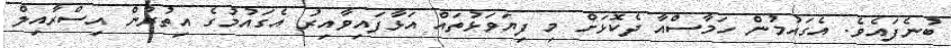
ބުނެފައެވެ. އެގައުމުން ހަމާސްއާ ދެކޮޅަށް މި ފިޔަވަޅުތައް އަޅާފައިވާއިރު އެގައުމުގެ އިތުރުން އިސްރާއިލް